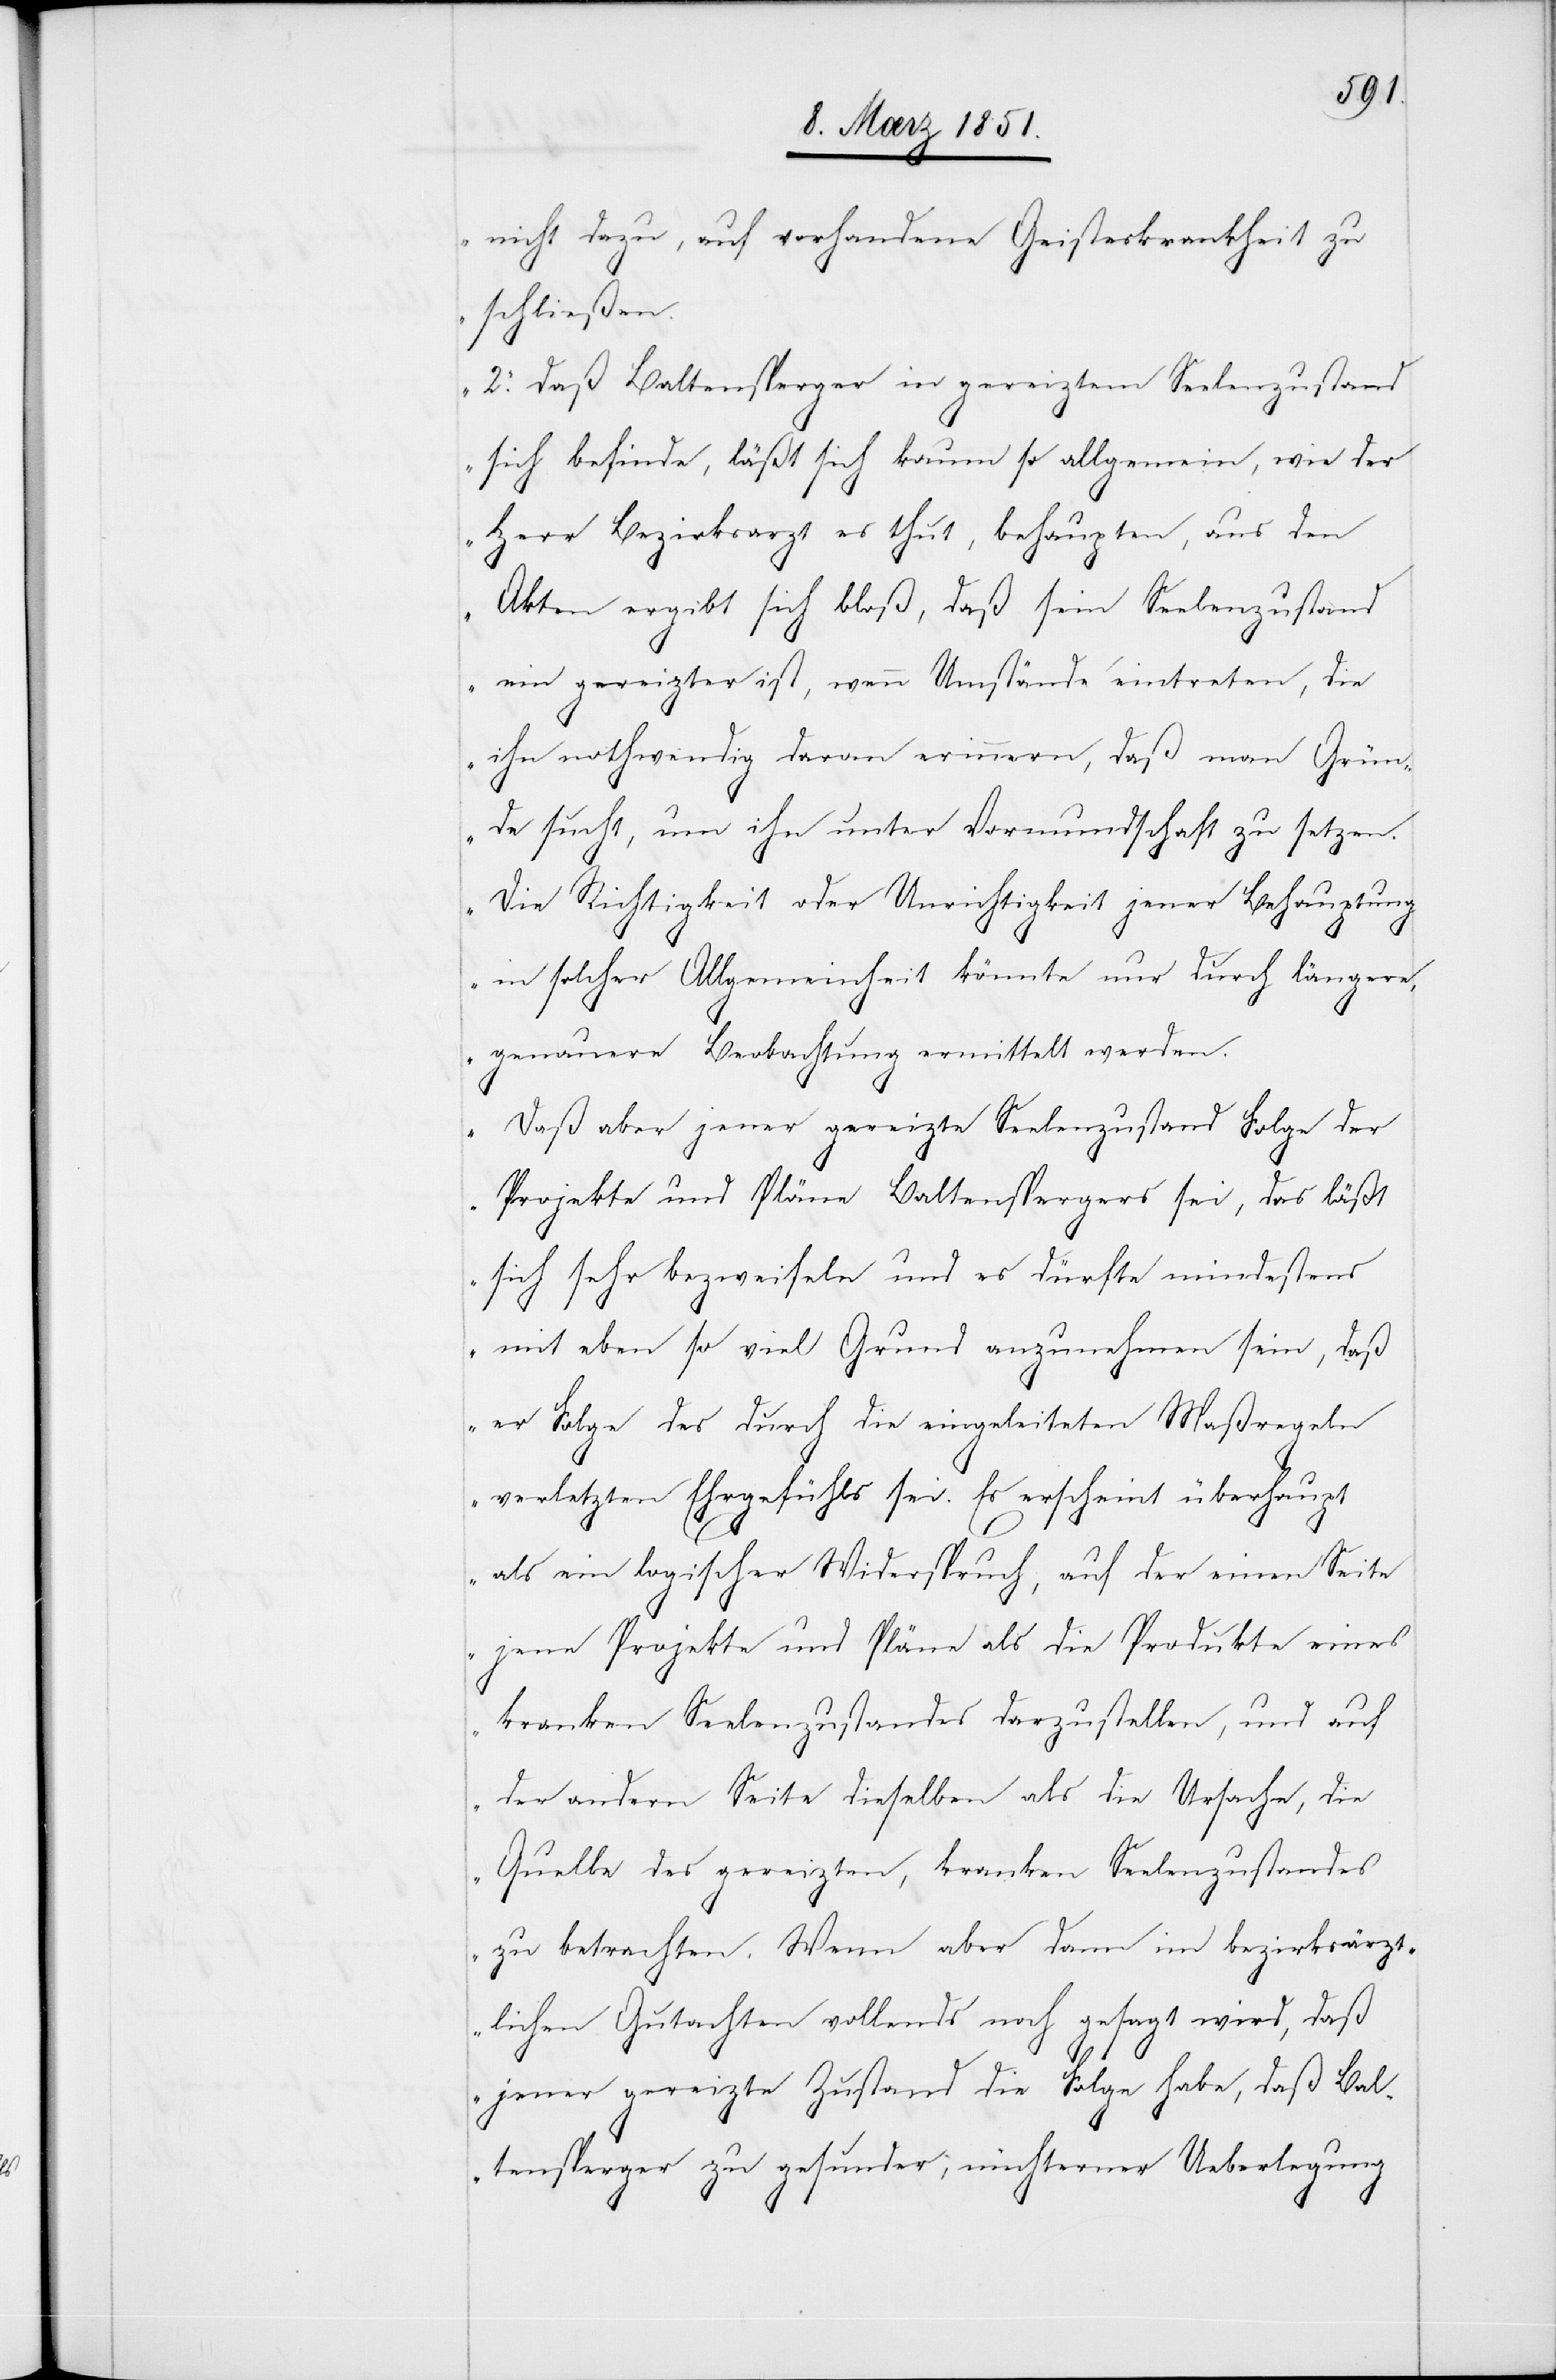
nicht dazu, auf vorhandene Geisteskrankheit zu
schließen.
2. Daß Baltensperger in gereiztem Seelenzustand
sich befinde, läßt sich kaum so allgemein, wie der
Herr Bezirksarzt es thut, behaupten, aus den
Akten ergibt sich bloß, daß sein Seelenzustand
ein gereizter ist, wenn Umstände eintreten, die
ihn nothwendig daran erinnern, daß man Grün¬
de sucht, um ihn unter Vormundschaft zu setzen.
Die Richtigkeit oder Unrichtigkeit jener Behauptung
in solcher Allgemeinheit könnte nur durch längere,
genauere Beobachtung ermittelt werden.
Daß aber jener gereizte Seelenzustand Folge der
Projekte und Pläne Baltenspergers sei, das läßt
sich sehr bezweifeln und es dürfte mindestens
mit eben so viel Grund anzunehmen sein, daß
er Folge des durch die eingeleiteten Maßregeln
verletzten Ehrgefühls sei. Es erscheint überhaupt
als ein logischer Widerspruch, auf der einen Seite
jene Projekte und Pläne als die Produkte eines
kranken Seelenzustandes darzustellen, und auf
der andern Seite dieselben als die Ursache, die
Quelle des gereizten, kranken Seelenzustandes
zu betrachten. Wenn aber dann im bezirksärzt¬
lichen Gutachten vollends noch gesagt wird, daß
jener gereizte Zustand die Folge habe, daß Bal¬
tensperger zu gesunder, nüchterner Ueberlegung